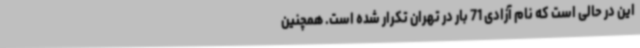
این در حالی است که نام آزادی 71 بار در تهران تکرار شده است. همچنین